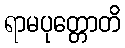
ရာမပုတ္တောတိ